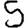
Digit: 5